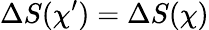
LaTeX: \Delta S(\chi^{\prime})=\Delta S(\chi)